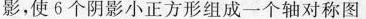
影，使6个阴影小正方形组成一个轴对称图